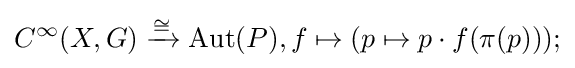
C^{\infty }(X,G)\xrightarrow {\cong } \operatorname {Aut} (P),f\mapsto (p\mapsto p\cdot f(\pi (p)));